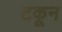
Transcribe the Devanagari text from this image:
टकून